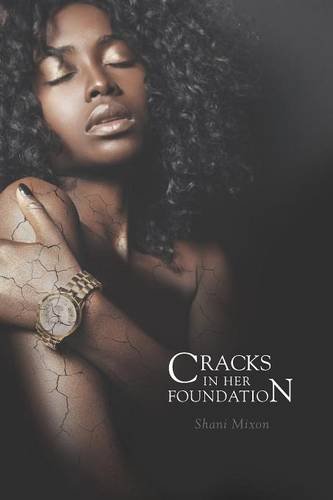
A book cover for Cracks in Her Foundation; Shani Mixon; Literature & Fiction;